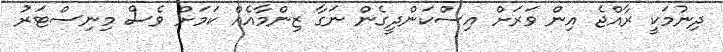
ދިނުމަކީ ރާއްޖެ އިން ވަރަށް އިސްކަންދީގެން ނަގާ ޒިންމާއެއް ކަމަށް ވެސް މިނިސްޓަރު